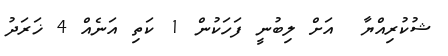
ޝުކުރިއްޔާ  އަށް ލިބުނީ ފަހަކުން 1 ކަތި އަނެއް 4 ޚަރަދު